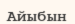
Айыбын